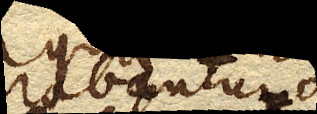
librabantur.